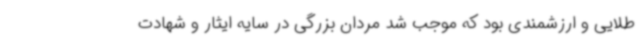
طلایی و ارزشمندی بود که موجب شد مردان بزرگی در سایه ایثار و شهادت